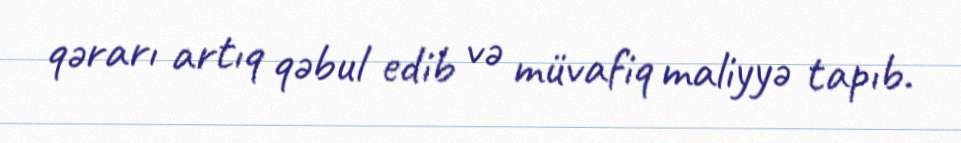
qərarı artıq qəbul edib və müvafiq maliyyə tapıb.